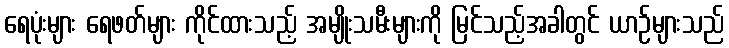
ရေပုံးများ ရေဖတ်များ ကိုင်ထားသည့် အမျိုးသမီးများကို မြင်သည့်အခါတွင် ယာဉ်များသည်